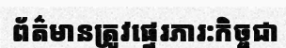
ព័ត៌មានត្រូវផ្ទេរភារ:កិច្ចជា